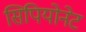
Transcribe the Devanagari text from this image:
सिपियोनेट